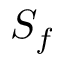
S _ { f }